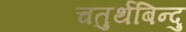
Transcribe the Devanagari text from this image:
चतुर्थबिन्दु